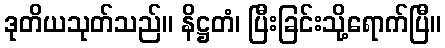
ဒုတိယသုတ်သည်။ နိဋ္ဌတံ၊ ပြီးခြင်းသို့ရောက်ပြီ။